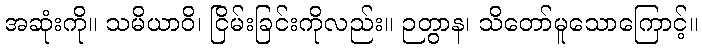
အဆုံးကို။ သမိယာဝိ၊ ငြိမ်းခြင်းကိုလည်း။ ဉတွာန၊ သိတော်မူသောကြောင့်။